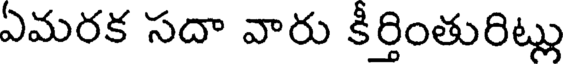
ఏమరక సదా వారు కీర్తింతురిట్లు